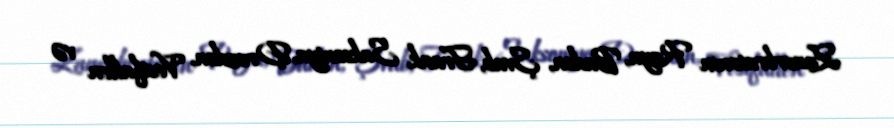
Zauerbratenin Rayn, Baden, Şvab, Frank, Saksoniya, Drezden, Vestfallen və